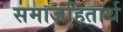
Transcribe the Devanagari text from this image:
समाजहितार्थ